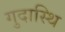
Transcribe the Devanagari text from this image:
गुदास्थि